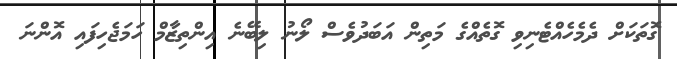
ގޮތަކަށް ދެމެހެއްޓެނިވި ގޮތެއްގެ މަތިން އަބަދުވެސް ލޯނު ލިބޭނެ އިންތިޒާމް ހަމަޖެހިފައި އޮންނަ